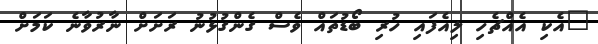
"އެކި އެއްޗެހި ލިއެފައި ހުރި ބޯޑުތައް ވެސް ގެންގުޅުނު ރަށަށް ނާރުވާނެ ކަމަށް